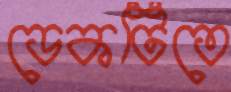
ডেকটিতে